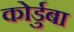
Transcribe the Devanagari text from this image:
कोर्डुबा